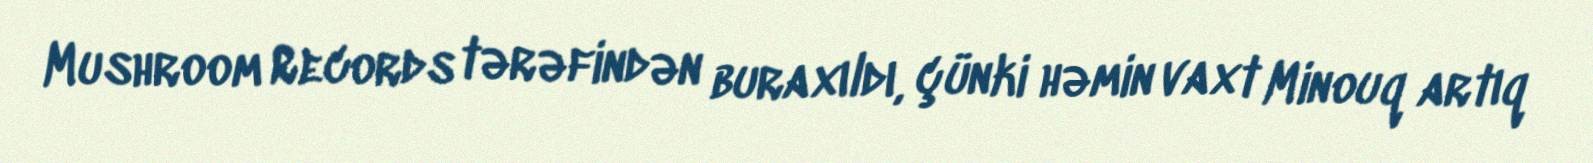
Mushroom Records tərəfindən buraxıldı, çünki həmin vaxt Minouq artıq